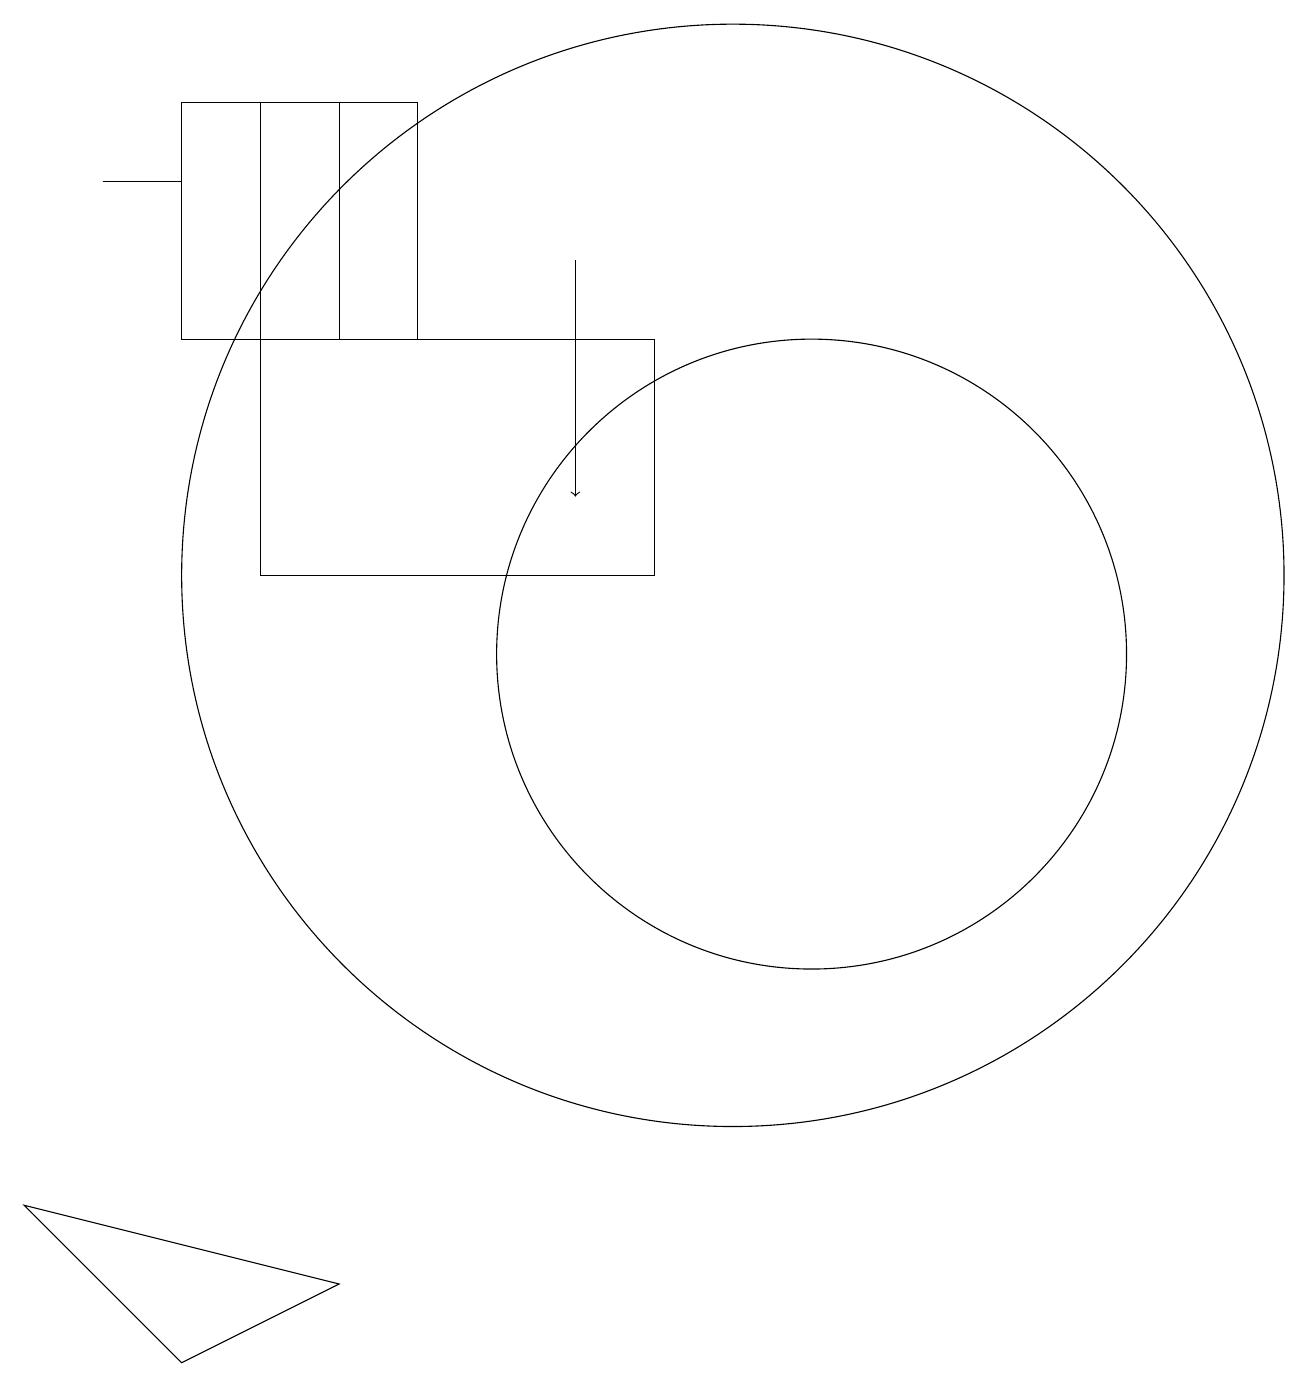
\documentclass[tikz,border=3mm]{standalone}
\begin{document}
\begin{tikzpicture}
\draw[->] (8,15) -- (8,12);
\draw (4,14) rectangle (6,17);
\draw (2,16) rectangle (3,16);
\draw (10,11) circle (7);
\draw (11,10) circle (4);
\draw (5,14) rectangle (3,17);
\draw (1,3) -- (5,2) -- (3,1) -- cycle;
\draw (9,11) rectangle (4,14);
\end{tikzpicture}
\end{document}